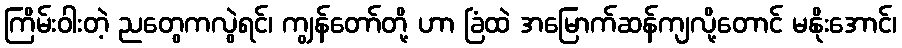
ကြိမ်းဝါးတဲ့ ညတွေကလွဲရင်၊ ကျွန်တော်တို့ ဟာ ခြံထဲ အမြောက်ဆန်ကျလို့တောင် မနိုးအောင်၊